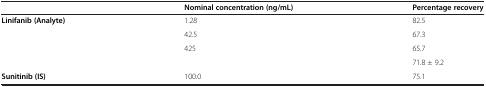
<table><thead><tr><td><b> </b></td><td><b>Nominal concentration (ng/mL)</b></td><td><b>Percentage recovery</b></td></tr></thead><tbody><tr><td><b>Linifanib (Analyte)</b></td><td>1.28</td><td>82.5</td></tr><tr><td> </td><td>42.5</td><td>67.3</td></tr><tr><td> </td><td>425</td><td>65.7</td></tr><tr><td> </td><td> </td><td>71.8 ± 9.2</td></tr><tr><td><b>Sunitinib (IS)</b></td><td>100.0</td><td>75.1</td></tr></tbody></table>